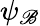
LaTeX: \psi_{\mathscr{B}}